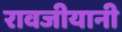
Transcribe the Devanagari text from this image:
रावजीयानी